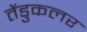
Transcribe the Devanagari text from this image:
तेंडुकलर